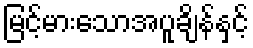
မြင့်မားသောအပူချိန်နှင့်